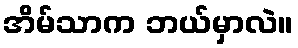
အိမ်သာက ဘယ်မှာလဲ။